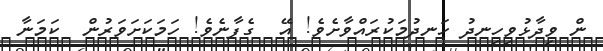
ން ވިދާޅުވިހިނދު ހަނދުމަކުރައްވާށެވެ! އޭ  ގެފާނެވެ! ހަމަކަަށަވަރުން  ކަމަނާ